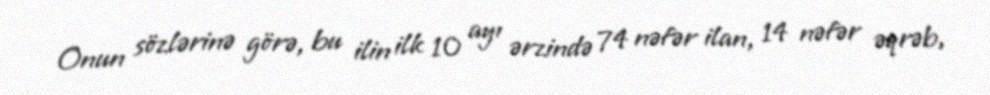
Onun sözlərinə görə, bu ilin ilk 10 ayı ərzində 74 nəfər ilan, 14 nəfər əqrəb,